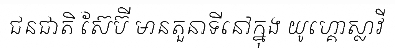
ជនជាតិ ស៊ែប៊ី មានតួនាទីនៅក្នុង យូហ្គោស្លាវី